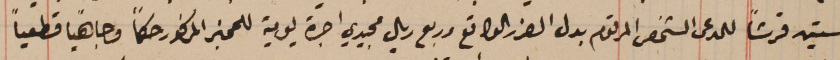
ستين قرشاً للمدعى الشخصى المرقوم بدل الضرر الواقع وربع ريال مجيدي اجرة يومية للحجز المذكور حكماً وجاهياً قطعياً